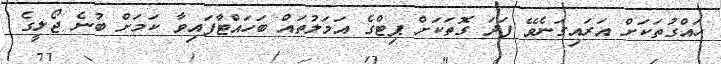
ހައްގުތަކަށް އަރައިގަނެވޭ ފަދަ ގޮތަކަށް ޕިޓްގެ އަމަލުތައް ބަހައްޓާފައިވާ ކަމަށް ބުނެ ޖޯލީގެ